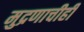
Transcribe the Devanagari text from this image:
मुद्रणाचीही